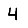
Digit: 4